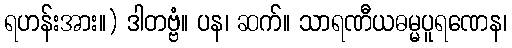
ရဟန်းအား။) ဒါတဗ္ဗံ။ ပန၊ ဆက်။ သာရဏီယဓမ္မပူရဏေန၊